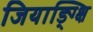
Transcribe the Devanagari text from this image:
जियाङ्ग्क्षि